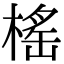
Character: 榣